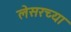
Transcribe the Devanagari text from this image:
लेसरच्या